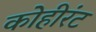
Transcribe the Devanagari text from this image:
कोहीरंट